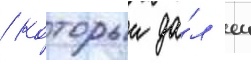
/ которыи да́л еи